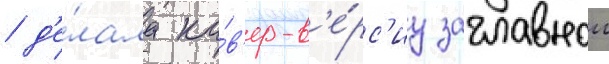
 д'е́лала ка́в'ер-в'е́рс'иу заглавнои